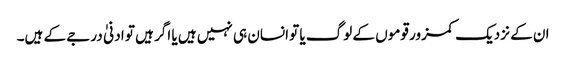
ان کے نزدیک کمزور قوموں کے لوگ یا تو انسان ہی نہیں ہیں یا اگر ہیں تو ادنیٰ درجے کے ہیں۔